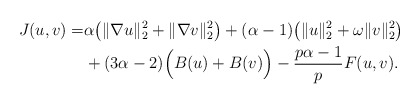
\begin{align*}J(u,v)=&\alpha\big(\|\nabla u\|_{2}^{2}+\|\nabla v\|_{2}^{2}\big)+(\alpha-1)\big(\|u\|_{2}^{2}+\omega\|v\|_{2}^{2}\big)\\&+(3\alpha-2)\Big(B(u)+B(v)\Big)-\frac{p\alpha-1}{p}F(u,v).\end{align*}